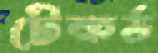
টেকর্ড